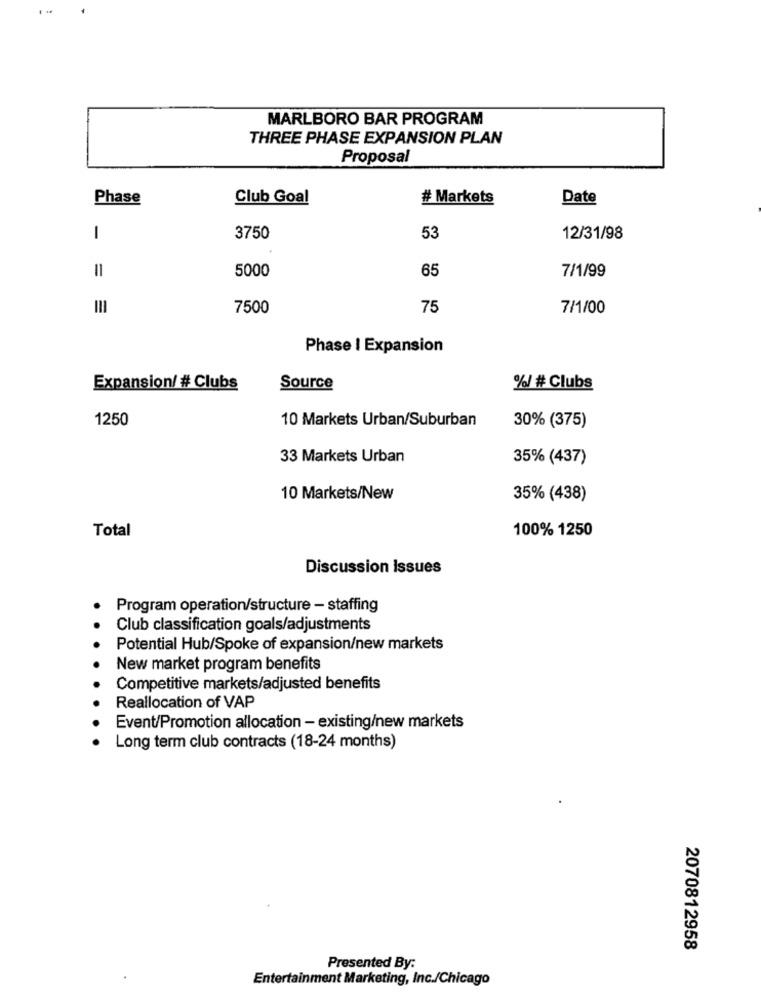
MARLBORO BAR PROGRAM
THREE PHASE EXPANSION PLAN
Proposal
Phase
Club Goal
# Markets
Date
1
3750
53
12/31/98
5000
65
7/1/99
=
7500
75
7/1/00
Phase | Expansion
Expansion/ # Clubs
Source
%/ # Clubs
1250
10 Markets Urban/Suburban
30% (375)
33 Markets Urban
35% (437)
10 Markets/New
35% (438)
Total
100% 1250
Discussion Issues
Program operation/structure - staffing
Club classification goals/adjustments
Potential Hub/Spoke of expansion/new markets
New market program benefits
Competitive markets/adjusted benefits
Reallocation of VAP
Event/Promotion allocation - existing/new markets
Long term club contracts (18-24 months)
2070812958
Presented By:
Entertainment Marketing, Inc./Chicago